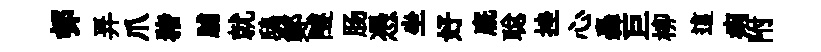
邨弄爪猪脯就鴟鄭隧肠憑坐好廐聪挫心轟巨柳這痢附